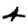
Digit: 4